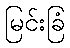
မြင်းခြံ